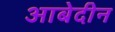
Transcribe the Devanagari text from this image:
आबेदीन